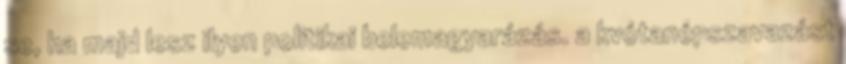
se, ha majd lesz ilyen politikai belemagyarázás. a kvótanépszavazást